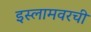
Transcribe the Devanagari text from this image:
इस्लामवरची